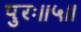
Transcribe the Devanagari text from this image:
पुरः॥५॥